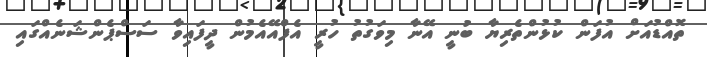
ތޮއްޑުއަށް އުފަން ކުޅުންތެރިޔާ ބުނީ އޭނާ މިވަގުތު ހުރީ އެފްއޭއެމުން ދީފައިވާ ސަސްޕެންޝަނެއްގައި